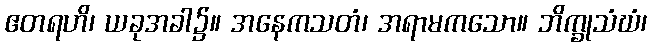
ဧတရဟိ၊ ယခုအခါ၌။ အနေကသတံ၊ အရာမကသော။ ဘိက္ခုသံဃံ၊